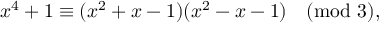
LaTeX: x ^ { 4 } + 1 \equiv ( x ^ { 2 } + x - 1 ) ( x ^ { 2 } - x - 1 ) { \pmod { 3 } } , \qquad